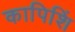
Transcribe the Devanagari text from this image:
कापिशिं